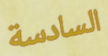
السادسة